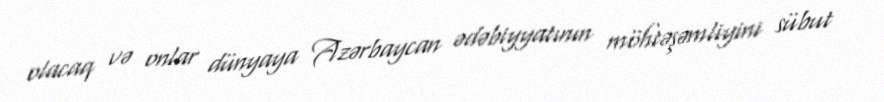
olacaq və onlar dünyaya Azərbaycan ədəbiyyatının möhtəşəmliyini sübut